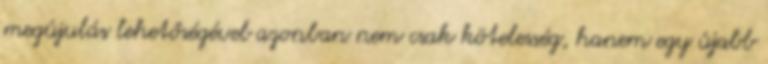
megújulás lehetőségével azonban nem csak kötelesség, hanem egy újabb